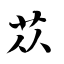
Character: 苁